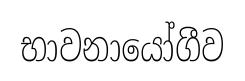
භාවනායෝගීව